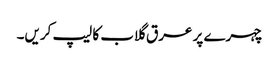
چہرے پر عرق گلاب کا لیپ کریں۔